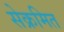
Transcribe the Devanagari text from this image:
सेक्रमित